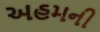
અહમની